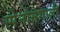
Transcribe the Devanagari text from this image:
स्पेनोमेगाली